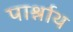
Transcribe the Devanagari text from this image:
पार्श्नाथ